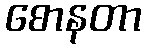
စောနတာ